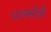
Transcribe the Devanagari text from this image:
मार्क्‍सची